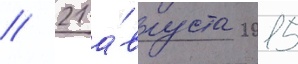
// 21 а́вгуста 2015